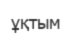
ұқтым